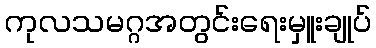
ကုလသမဂ္ဂအတွင်းရေးမှူးချုပ်